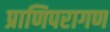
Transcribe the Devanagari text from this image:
प्राणिपरागण